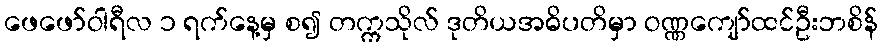
ဖေဖော်ဝါရီလ ၁ ရက်နေ့မှ စ၍ တက္ကသိုလ် ဒုတိယအဓိပတိမှာ ဝဏ္ဏကျော်ထင်ဦးဘစိန်